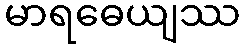
မာရဓေယျဿ